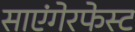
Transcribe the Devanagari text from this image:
साएंगेरफेस्ट